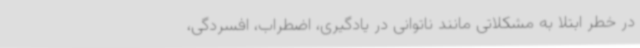
در خطر ابتلا به مشکلاتی مانند ناتوانی در یادگیری، اضطراب، افسردگی،